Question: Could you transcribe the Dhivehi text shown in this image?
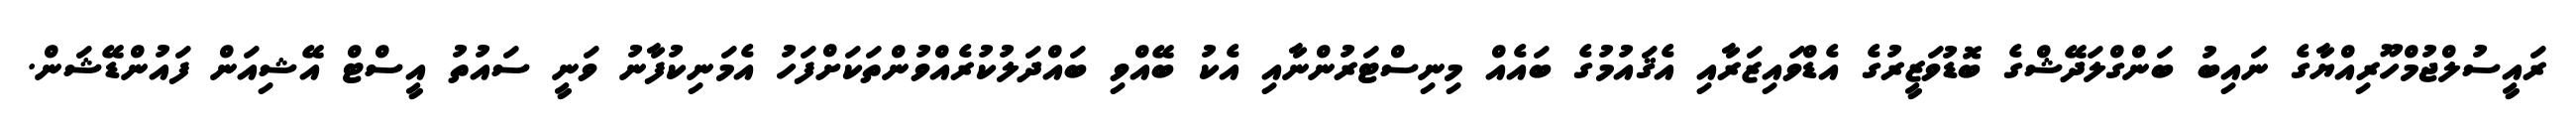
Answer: ރައީސުލްޖުމްހޫރިއްޔާގެ ނައިބު ބަންގްލަދޭޝްގެ ބޮޑުވަޒީރުގެ އެޑްވައިޒަރާއި އެޤައުމުގެ ބައެއް މިނިސްޓަރުންނާއި އެކު ބޭއްވި ބައްދަލުކުރެއްވުންތަކަށްފަހު އެމަނިކުފާނު ވަނީ ސައުތު އީސްޓް އޭޝިއަން ފައުންޑޭޝަން.